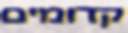
קדומים